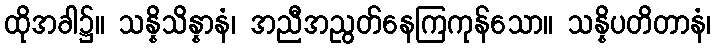
ထိုအခါ၌။ သန္နိသိန္နာနံ၊ အညီအညွတ်နေကြကုန်သော။ သန္နိပတိတာနံ၊